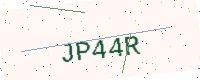
Text: JP44R